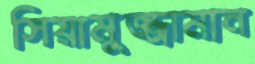
সিয়ামুজ্জামান